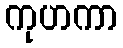
ကုဟကာ